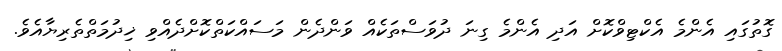
ގޮތުގައި އެންމެ އެކްޓިވްކޮށް އަދި އެންމެ ގިނަ ދުވަސްތަކެއް ވަންދެން މަސައްކަތްކޮށްދެއްވި ޚިދުމަތްތެރިޔާއެވެ.